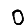
Digit: 0